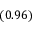
\left( 0 . 9 6 \right)